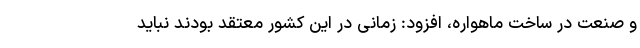
و صنعت در ساخت ماهواره، افزود: زمانی در این کشور معتقد بودند نباید